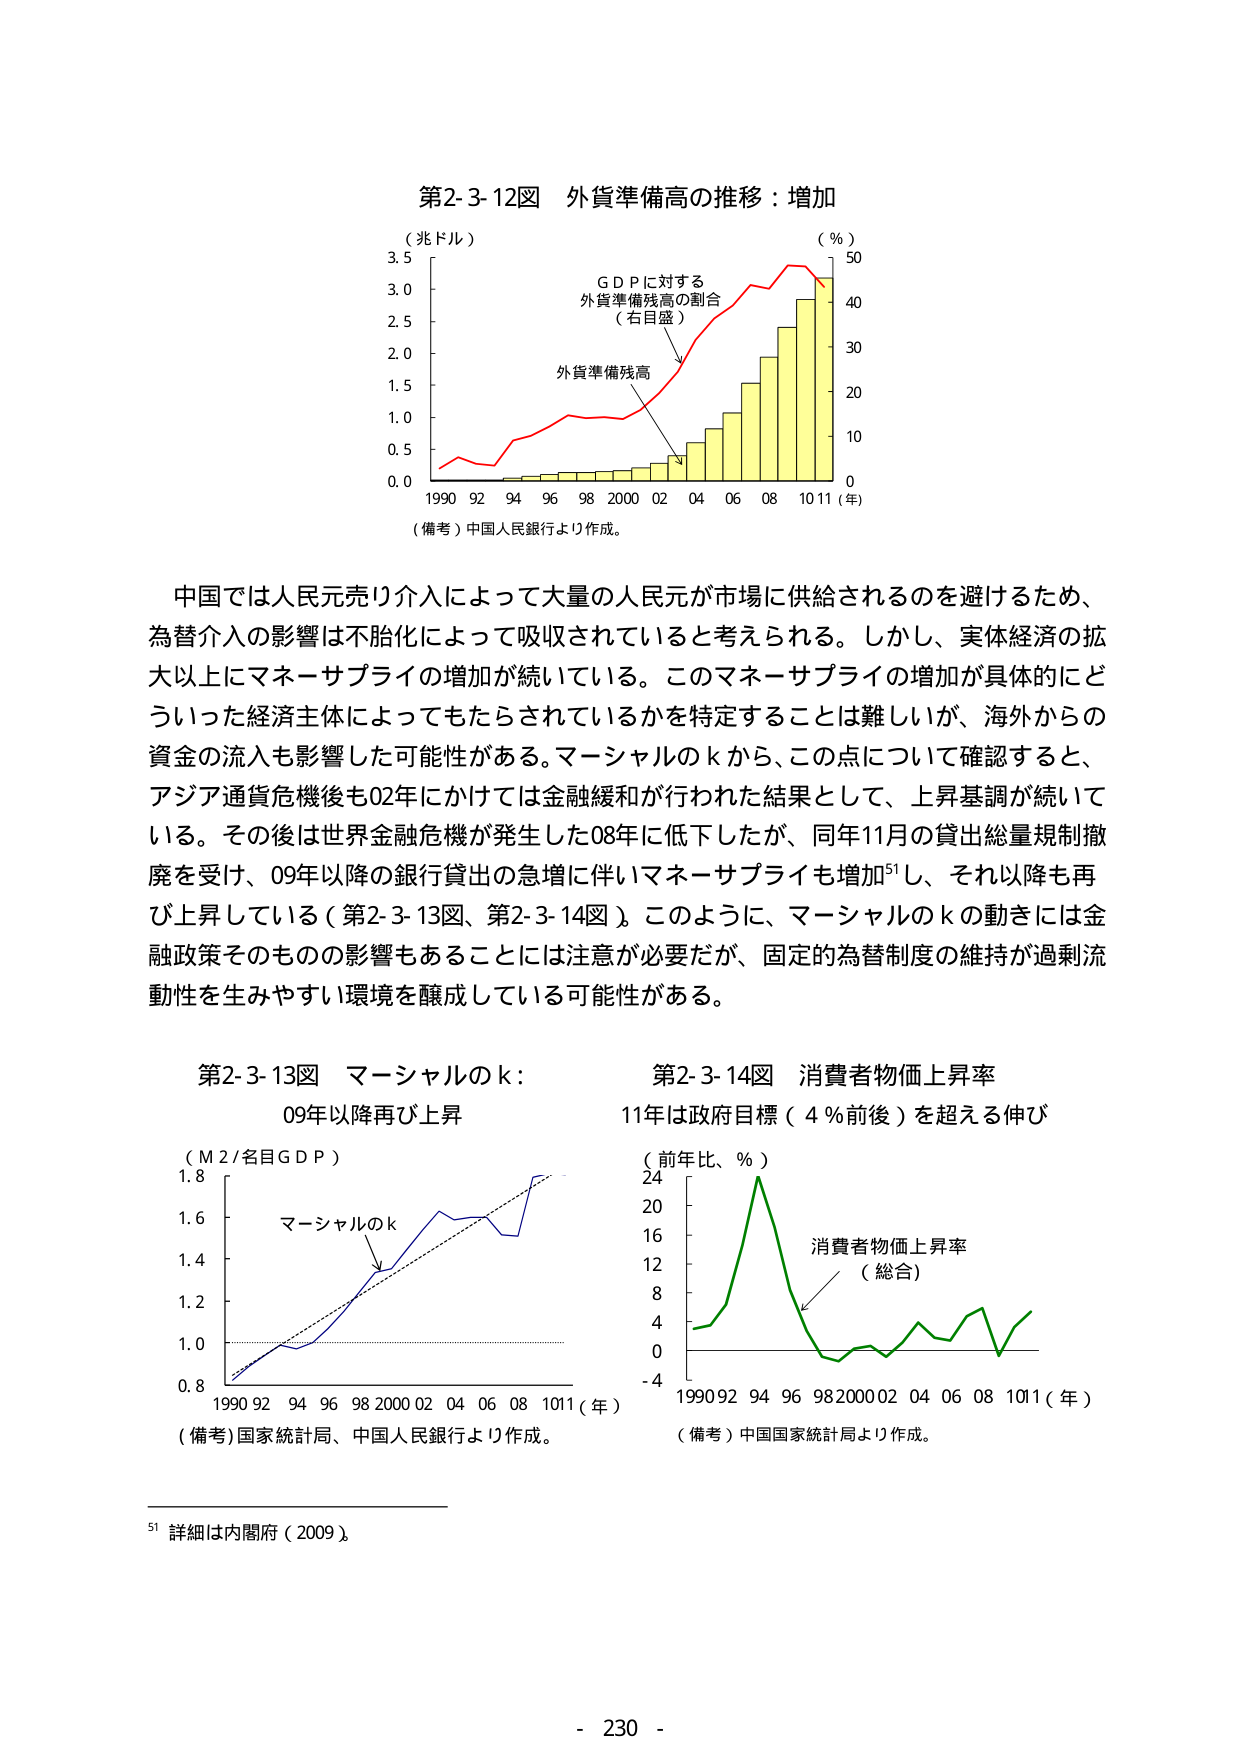
第2-3-12図 外貨準備高の推移：増加
（兆ドル）
3.5
3.0
2.5
2.0
1.5
1.0
0.5
0.0
1990 92 94 96 98 2000 02 04 06 08 10 11（年）
（％）
50
40
30
20
10
0
G D Pに対する
外貨準備残高の割合
（右目盛）
外貨準備残高
（備考）中国人民銀行より作成。

中国では人民元売り介入によって大量の人民元が市場に供給されるのを避けるため、
為替介入の影響は不胎化によって吸収されていると考えられる。しかし、実体経済の拡
大以上にマネーサプライの増加が続いている。このマネーサプライの増加が具体的にど
ういった経済主体によってもたらされているかを特定することは難しいが、海外からの
資金の流入も影響した可能性がある。マーシャルのkから、この点について確認すると、
アジア通貨危機後も02年にかけては金融緩和が行われた結果として、上昇基調が続いて
いる。その後は世界金融危機が発生した08年に低下したが、同年11月の貸出総量規制撤
廃を受け、09年以降の銀行貸出の急増に伴いマネーサプライも増加⁵¹し、それ以降も再
び上昇している（第2-3-13図、第2-3-14図）。このように、マーシャルのkの動きには金
融政策そのものの影響もあることに注意が必要だが、固定的為替制度の維持が過剰流
動性を生みやすい環境を醸成している可能性がある。

第2-3-13図 マーシャルのk：
09年以降再び上昇
（M2/名目GDP）
1.8
1.6
1.4
1.2
1.0
0.8
1990 92 94 96 98 2000 02 04 06 08 1011（年）
マーシャルのk
（備考）国家統計局、中国人民銀行より作成。

第2-3-14図 消費者物価上昇率
11年は政府目標（4％前後）を超える伸び
（前年比、％）
24
20
16
12
8
4
0
-4
1990 92 94 96 98 2000 02 04 06 08 1011（年）
消費者物価上昇率
（総合）
（備考）中国国家統計局より作成。

⁵¹ 詳細は内閣府（2009）。

- 230 -